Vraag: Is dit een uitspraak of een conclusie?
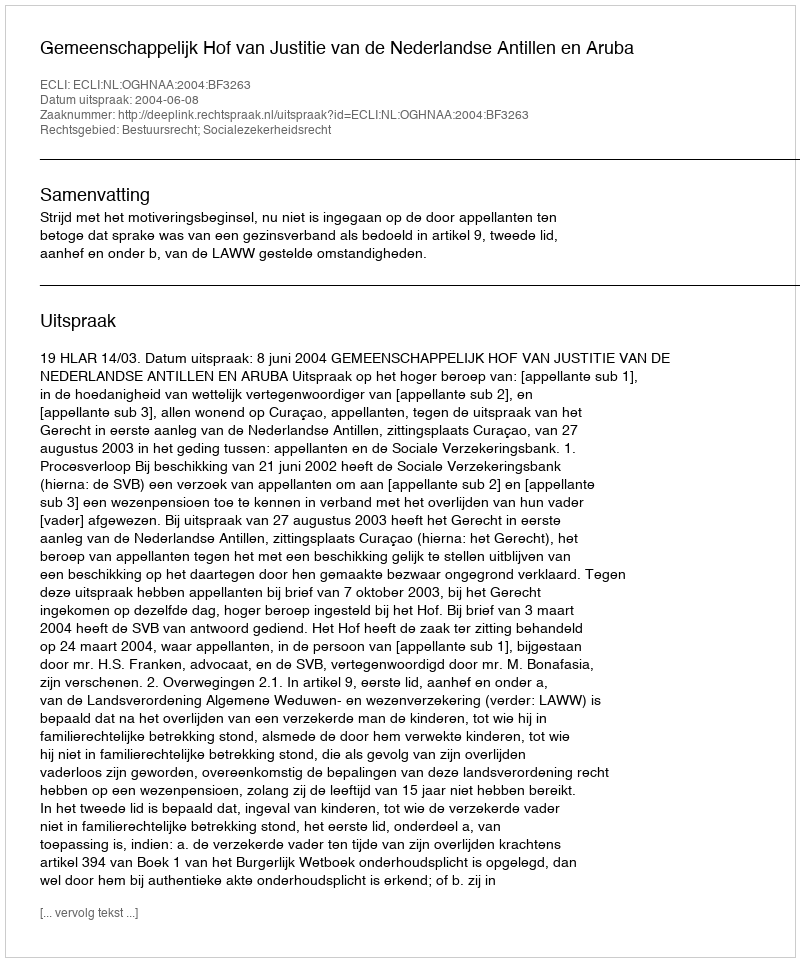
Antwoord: Uitspraak